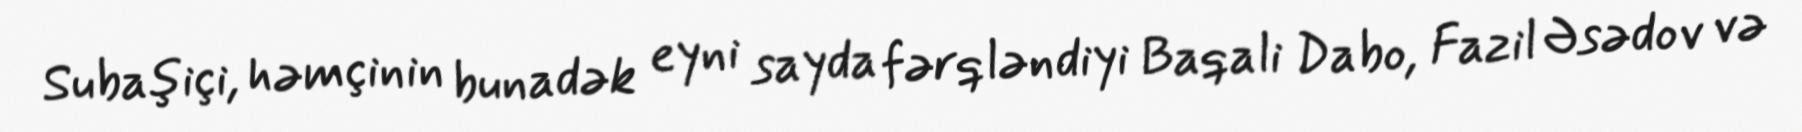
Subaşiçi, həmçinin bunadək eyni sayda fərqləndiyi Baqali Dabo, Fazil Əsədov və